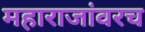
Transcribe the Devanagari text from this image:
महाराजांवरच